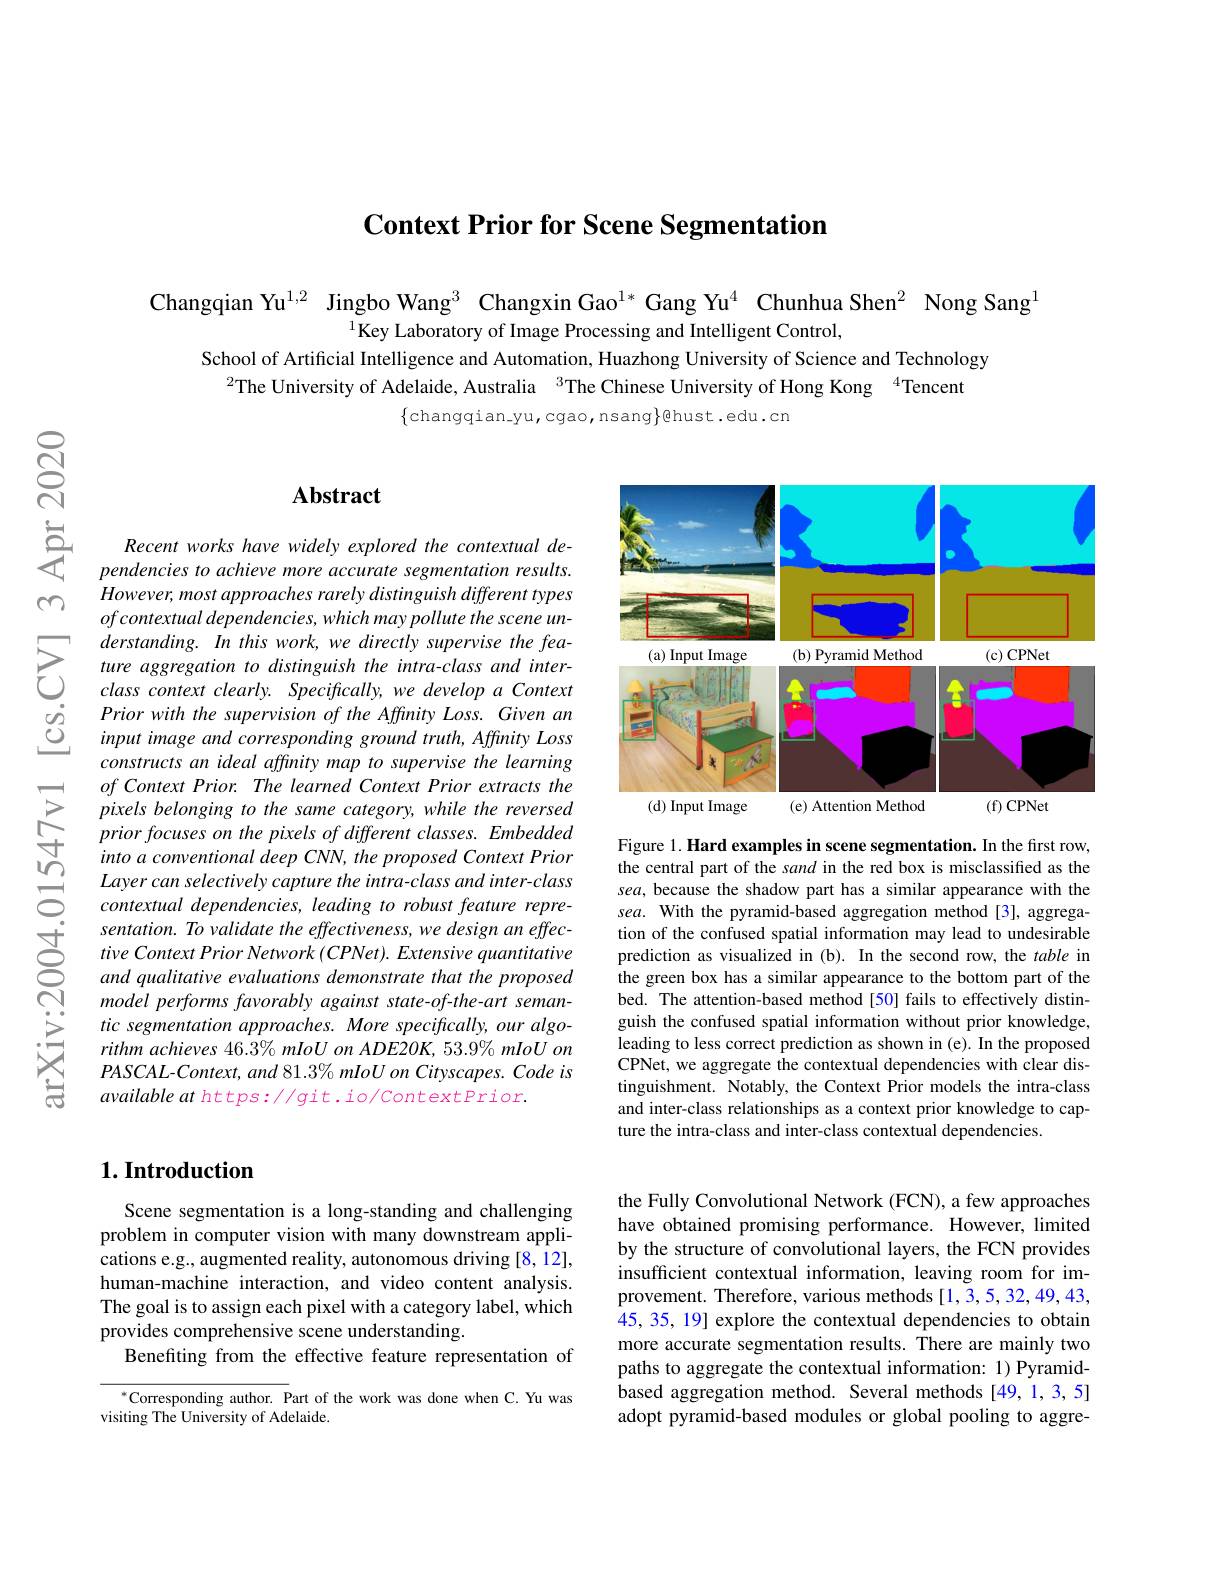
$\textbf{Context Prior for Scene Segmentation}$

Changqian Yu$^{1,2}$ Jingbo Wang$^3$ Changxin Gao$^{1*}$ Gang Yu$^4$ Chunhua Shen$^2$ Nong Sang$^{1}$
$^{1}$Key Laboratory of Image Processing and Intelligent Control,
School of Artificial Intelligence and Automation, Huazhong University of Science and Technology
$^{2}$The University of Adelaide, Australia $^3$The Chinese University of Hong Kong $^{4}$Tencent
$\{$changqian\_yu, cgao, nsang$\}$@hust.edu.cn

## $\mathbf{Abstract}$

Recent works have widely explored the contextual dependencies to achieve more accurate segmentation results. $However, mostapproaches\textit{rarely distinguish different types}$ $ofcontextual dependencies, which may pollute the scene un-$
$\sum_{\begin{array}{ccc}&\text{derstanding. In this work, we directly supervise the fea- }\\&\text{ture aggregation to distinguish the intraclass and inter-}\\&class&context&clearly.&Specifically,we&develop&a\end{array}}Context$
constructs an ideal affinity map to supervise the learning of Context Prior. The learned Context Prior extracts the pixels belonging to the same category, while the reversed prior focuses on the pixels of different classes. Embedded into a conventional deep CNN, the proposed Context Prior Layer can selectively capture the intra- class and inter- class contextual dependencies, leading to robust feature representation. To validate the effectiveness, we design an effective Context Prior Network (CPNet). Extensive quantitative and qualitative evaluations demonstrate that the proposed model performs favorably against state-of-the-art semantic segmentation approaches. More specifically, our algorithm achieves 46.3% mIoU on ADE20K, 53.9% mIoU on $PASCAL- Context, and$ $81. 3\% mIoUon$ Cityscapes. Code is available at https: / git. io/ Context Prior.

<FigureHere>

Figure 1. Hard examples in scene segmentation. In the first row, the central part of the sand in the red box is misclassified as the sea, because the shadow part has a similar appearance with the sea. With the pyramid-based aggregation method[3], aggregation of the confused spatial information may lead to undesirable prediction as visualized in (b). In the second row, the table in the green box has a similar appearance to the bottom part of the bed. The attention-based method[50] fails to effectively distinguish the confused spatial information without prior knowledge, leading to less correct prediction as shown in (e). In the proposed CPNet, we aggregate the contextual dependencies with clear distinguishment. Notably, the Context Prior models the intra-class and inter-class relationships as a context prior knowledge to capture the intra-class and inter-class contextual dependencies.

## $1. \textbf{Introduction}$

Scene segmentation is a long-standing and challenging problem in computer vision with many downstream applications e.g., augmented reality, autonomous driving [8, 12], human-machine interaction, and video content analysis. The goal is to assign each pixel with a category label, which provides comprehensive scene understanding.
Benefiting from the effective feature representation of

$^*$Corresponding author. Part of the work was done when C. Yu was
visiting The University of Adelaide.

the Fully Convolutional Network (FCN), a few approaches have obtained promising performance. However, limited by the structure of convolutional layers, the FCN provides insufficient contextual information, leaving room for improvement. Therefore, various methods[1,3,5,32,49,43, 45, 35, 19] explore the contextual dependencies to obtain more accurate segmentation results. There are mainly two paths to aggregate the contextual information: 1) Pyramidbased aggregation method. Several methods [49,1,3,5] adopt pyramid-based modules or global pooling to aggre-